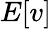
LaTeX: E[v]